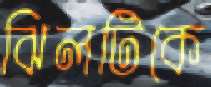
ঝিলটিকে